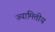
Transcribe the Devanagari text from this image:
ज्यामित्तीय